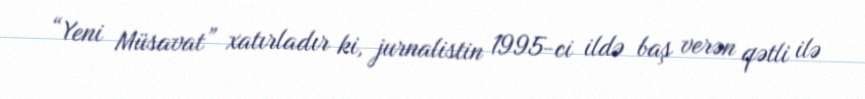
“Yeni Müsavat” xatırladır ki, jurnalistin 1995-ci ildə baş verən qətli ilə